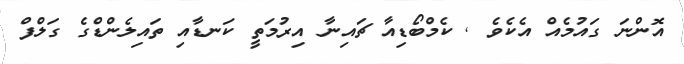
އޮންނަ ގައުމެއް އެކެވެ